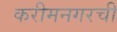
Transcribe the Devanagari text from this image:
करीमनगरची